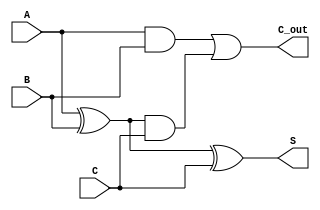
module dynamic_csa (
    input [3:0] A,  // 4-bit input A
    input [3:0] B,  // 4-bit input B
    input [3:0] C,  // 4-bit input C
    output [3:0] S, // 4-bit sum output
    output [3:0] C_out // 4-bit carry output
);
    
    wire [3:0] S1, S2; // intermediate sums
    wire [3:0] C1, C2; // intermediate carries

    // First level of addition
    assign S1 = A ^ B;       // Sum of A and B
    assign C1 = A & B;       // Carry of A and B

    // Second level of addition
    assign S2 = S1 ^ C;      // Sum of (A XOR B) and C
    assign C2 = S1 & C;      // Carry of (A XOR B) and C

    // Final outputs
    assign S = S2;           // Final sum output
    assign C_out = C1 | C2;  // Final carry output (combining carries from both levels)

endmodule